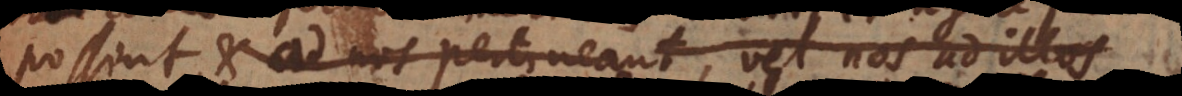
et ad nos pertineant, vel nos ad illas au